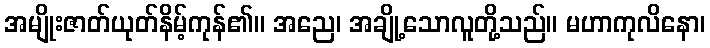
အမျိုးဇာတ်ယုတ်နိမ့်ကုန်၏။ အညေ၊ အချို့သောလူတို့သည်။ မဟာကုလိနော၊